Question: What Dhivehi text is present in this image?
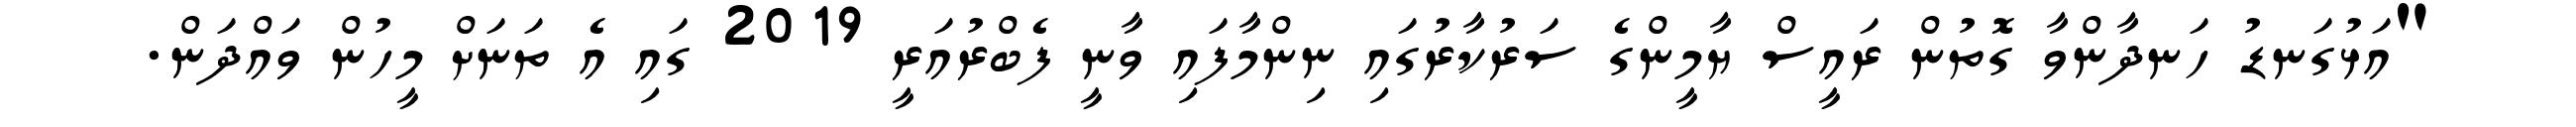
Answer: "އަޅުގަނޑު ހަނދާންވާ ގޮތުން ރައީސް ޔާމީންގެ ސަރުކާރުގައި ނިންމާފައި ވާނީ ފެބްރުއަރީ 2019 ގައި އެ ތަނަށް މީހުން ވައްދަން.